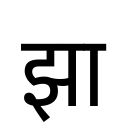
OCR:
झा